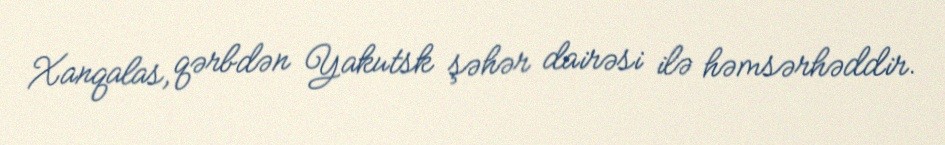
Xanqalas, qərbdən Yakutsk şəhər dairəsi ilə həmsərhəddir.